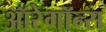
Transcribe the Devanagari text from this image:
ऑरेगॉन्स